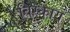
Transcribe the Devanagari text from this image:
बिस्काय